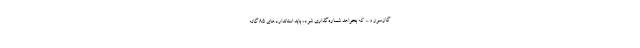
گازسوز و ... که بخواهد شماره‌گذاری شود، باید استانداردهای ۸۵ گانه